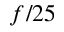
f / 2 5